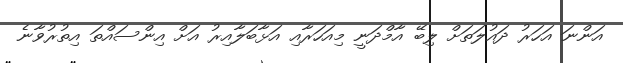
އަންނަ އަހަރު ދައުލަތަށް ލިބޭ އާމްދަނީ މިއަހަރާއި އަޅާބަލާއިރު އަށް އިންސައްތަ އިތުރުވާނެ